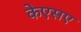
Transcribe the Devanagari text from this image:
केएसए